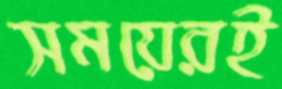
সময়েরই